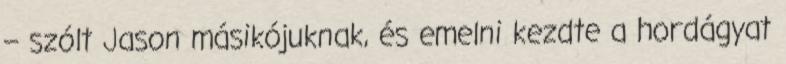
– szólt Jason másikójuknak, és emelni kezdte a hordágyat